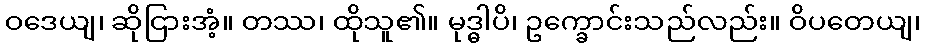
ဝဒေယျ၊ ဆိုငြားအံ့။ တဿ၊ ထိုသူ၏။ မုဒ္ဓါပိ၊ ဥက္ခောင်းသည်လည်း။ ဝိပတေယျ၊